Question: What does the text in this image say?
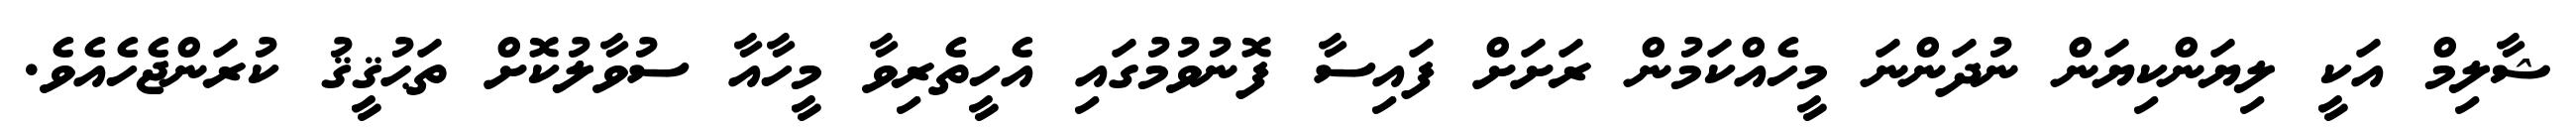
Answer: ޝާލިމް އަކީ ލިޔަންކިޔަން ނުދަންނަ މީހެއްކަމުން ރަށަށް ފައިސާ ފޮނުވުމުގައި އެހީތެރިވާ މީހާއާ ސުވާލުކޮށް ތަޙުޤީޤު ކުރަންޖެހެއެވެ.